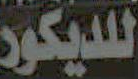
للديكور